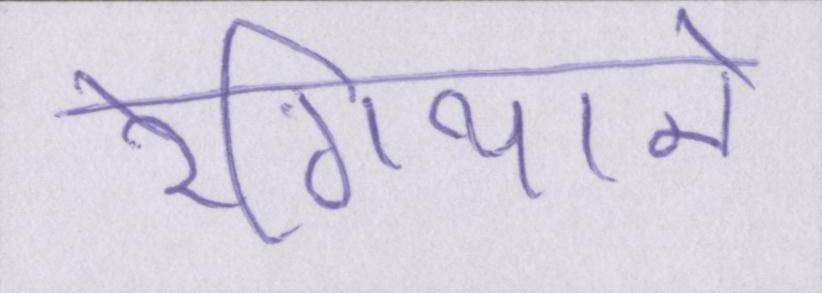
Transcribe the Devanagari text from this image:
रेगियाने